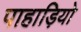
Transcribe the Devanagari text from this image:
पाहाड़ियो